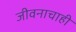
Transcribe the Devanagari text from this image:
जीवनाचाही